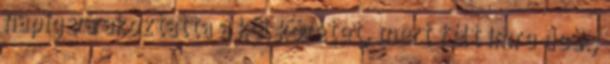
napig várakoztatta a két követet, mert félt Imre deák;